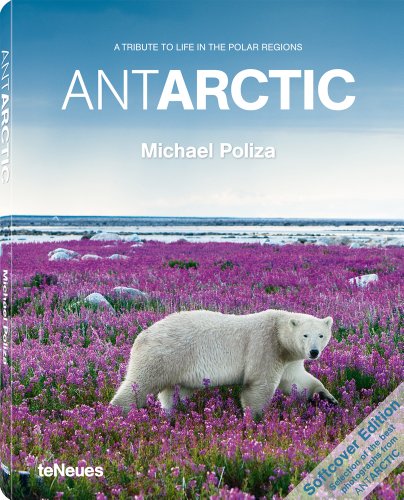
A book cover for AntArctic (English and Spanish Edition); Travel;